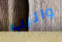
والرب